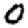
Digit: 0